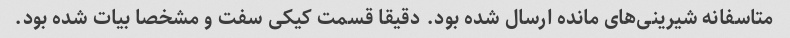
متاسفانه شیرینی‌های مانده ارسال شده بود. دقیقا قسمت کیکی سفت و مشخصا بیات شده بود.